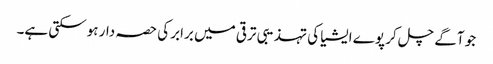
جو آگے چل کر پوے ایشیا کی تہذیبی ترقی میں برابر کی حصہ دار ہوسکتی ہے۔